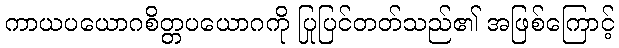
ကာယပယောဂစိတ္တပယောဂကို ပြုပြင်တတ်သည်၏ အဖြစ်ကြောင့်